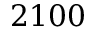
2 1 0 0